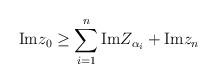
LaTeX: \begin{align*}\mbox{Im} z_0 \geq \sum_{i=1}^{n}\mbox{Im}Z_{\alpha_i} + \mbox{Im} z_n\end{align*}